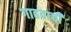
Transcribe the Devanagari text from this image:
गाढवाची